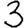
Digit: 3